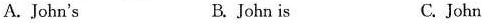
A. John's B.John is C. John